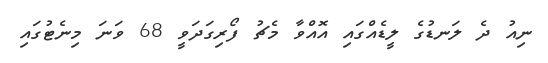
ނިއު ދެ ލަނޑުގެ ލީޑެއްގައި އޮއްވާ މެޗު ފޯރިގަދަވީ 68 ވަނަ މިނެޓުގައި